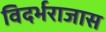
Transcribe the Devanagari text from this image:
विदर्भराजास